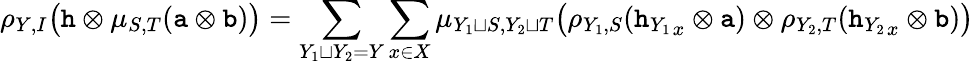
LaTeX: \rho_{Y,I}\big(\mathtt{h}\otimes\mu_{S,T}(\mathtt{a}\otimes\mathtt{b})\big)=\sum_{Y_{1}\sqcup Y_{2}=Y}\sum_{x\in X}\mu_{Y_{1}\sqcup S,Y_{2}\sqcup T}\big(\rho_{Y_{1},S}({\mathtt{h}_{Y_{1}}}_{x}\otimes\mathtt{a})\otimes\rho_{Y_{2},T}({\mathtt{h}_{Y_{2}}}_{x}\otimes\mathtt{b})\big)